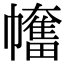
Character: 𢅯